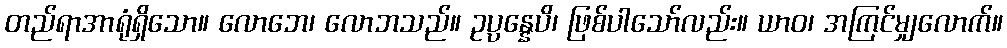
တည်ရာအာရုံရှိသော။ လောဘေ၊ လောဘသည်။ ဥပ္ပန္နေပိ၊ ဖြစ်ပါသော်လည်း။ ယာဝ၊ အကြင်မျှလောက်။